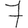
Digit: 7